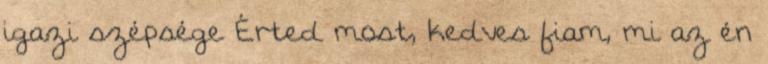
igazi szépsége Érted most, kedves fiam, mi az én